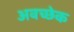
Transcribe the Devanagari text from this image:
अवच्छेक